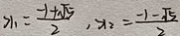
x _ { 1 } = \frac { - 1 + \sqrt { 5 } } { 2 } , x _ { 2 } = \frac { - 1 - \sqrt { 5 } } { 2 }